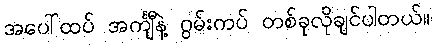
အပေါ်ထပ် အင်္ကျီနဲ့ ဂွမ်းကပ် တစ်ခုလိုချင်ပါတယ်။